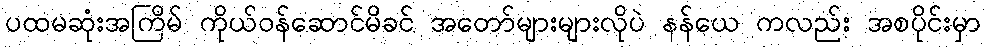
ပထမဆုံးအကြိမ် ကိုယ်ဝန်ဆောင်မိခင် အတော်များများလိုပဲ နန်ယေ ကလည်း အစပိုင်းမှာ